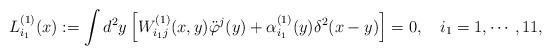
LaTeX: \begin{align*}L_{i_1}^{(1)}(x):=\int d^2y \left[W_{i_1j}^{(1)}(x,y)\ddot\varphi^j(y) +\alpha^{(1)}_{i_1}(y)\delta^2 (x-y)\right]=0, ~~~i_1 = 1, \cdots, 11,\end{align*}